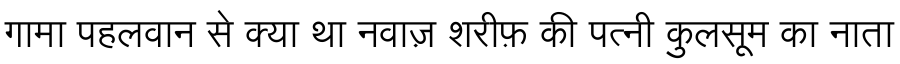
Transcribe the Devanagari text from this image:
गामा पहलवान से क्या था नवाज़ शरीफ़ की पत्नी कुलसूम का नाता